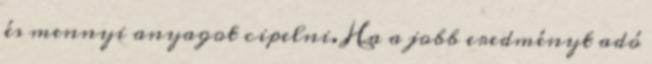
és mennyi anyagot cipelni. Ha a jobb eredményt adó